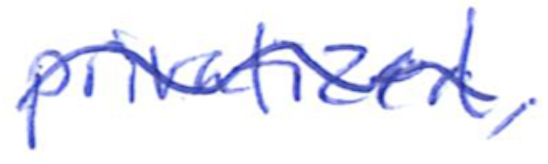
Text: privatized,
Cross-out: wave
Writing tool: ballpoint